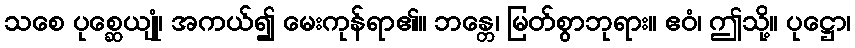
သစေ ပုစ္ဆေယျုံ၊ အကယ်၍ မေးကုန်ရာ၏။ ဘန္တေ၊ မြတ်စွာဘုရား။ ဧဝံ၊ ဤသို့။ ပုဋ္ဌော၊